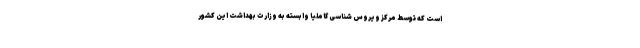
است که توسط مرکز ویروس شناسی گاملیا وابسته به وزارت بهداشت این کشور